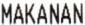
MAKANAN